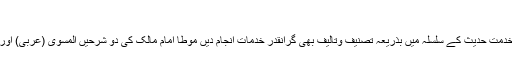
1235ھ)
حضرت شاہ ولی اللہ نے خدمت حدیث کے سلسلہ میں بذریعہ تصنیف وتالیف بھی گرانقدر خدمات انجام دیں موطا امام مالک کی دو شرحیں المسوّی (عربی) اور المصفّی (فارسی) لکھیں ۔